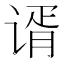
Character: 谞